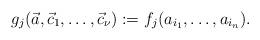
LaTeX: \begin{align*}g_j(\vec a,\vec c_1,\dotsc,\vec c_\nu) := f_j(a_{i_1},\dotsc,a_{i_n}).\end{align*}